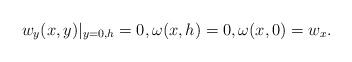
LaTeX: \begin{align*}w_y(x, y)\vert_{y=0, h}=0, \omega(x,h)=0, \omega(x,0)=w_x.\end{align*}